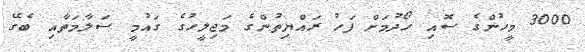
3000 މީހުންގެ ސޮއި ހޯދުމަށް ފަހު ރައްޔިތުންގެ މަޖިލީހުގެ ގައުމީ ސަލާމަތާއި ބެގޭ